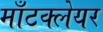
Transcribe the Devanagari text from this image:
माँटक्लेयर